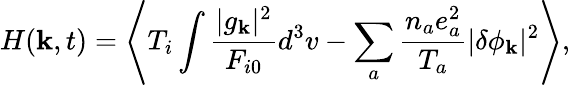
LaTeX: H({\mathbf k},t)=\left\langle T_{i}\int\frac{|g_{\mathbf k}|^{2}}{F_{i0}}d^{3}v-\sum_{a}\frac{n_{a}e_{a}^{2}}{T_{a}}|\delta\phi_{\mathbf k}|^{2}\right\rangle,